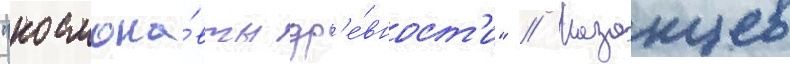
"космона́вты др'е́вност'и" // Казанцев